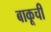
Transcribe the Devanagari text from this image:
बाकूची